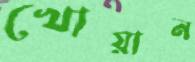
খোয়ান